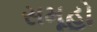
સમૂહો